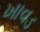
ખાવડ